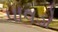
પાવડો